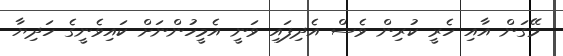
މޭގަން އާއި ހެރީ ކުރިން ވެސް އެދިފައި ވަނީ އެމީހުންނަށް ކައިވެނީގެ ހަދިޔާ